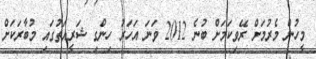
މީހުން މެރުމަށް ރޭވިކަމަށް ބުނެ 2012 ވަނަ އަހަރު ހިންގި ޝަރީއަތުގައި މުބާރަކަށް